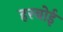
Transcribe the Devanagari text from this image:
हरबोई